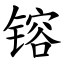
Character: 镕